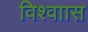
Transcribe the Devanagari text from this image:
विश्वाास